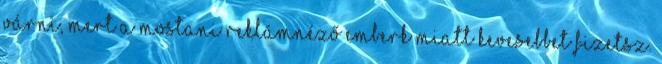
várni, mert a mostani reklámnéző emberk miatt kevesebbet fizetsz.